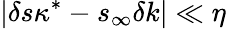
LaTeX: |\delta s\kappa^{*}-s_{\infty}\delta k|\ll\eta